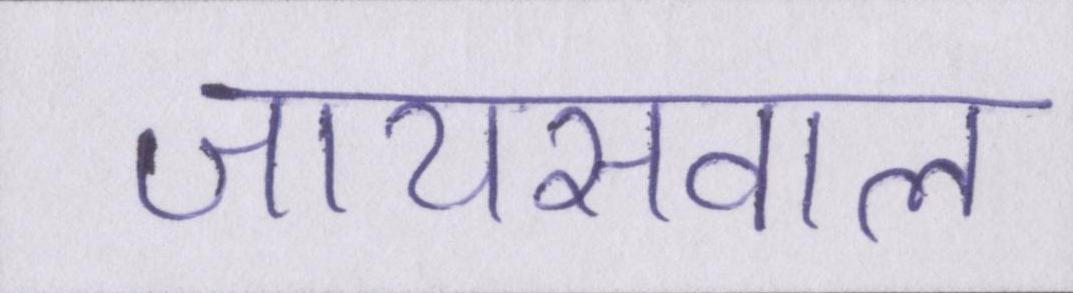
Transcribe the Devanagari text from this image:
जायसवाल